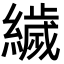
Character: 𦅵